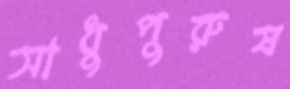
সাধুপুরুষ